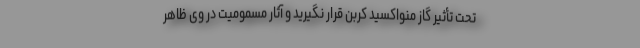
تحت تأثیر گاز منواکسید کربن قرار نگیرید و ‌آثار مسمومیت در وی ظاهر